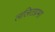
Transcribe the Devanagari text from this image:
ललितप्रभा